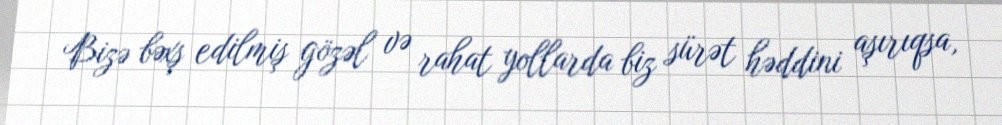
Bizə bəxş edilmiş gözəl və rahat yollarda biz sürət həddini aşırıqsa,